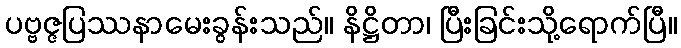
ပဗ္ဗဇ္ဇပြဿနာမေးခွန်းသည်။ နိဋ္ဌိတာ၊ ပြီးခြင်းသို့ရောက်ပြီ။